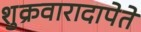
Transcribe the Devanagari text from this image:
शुक्रवारादापेते